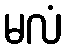
မလံ